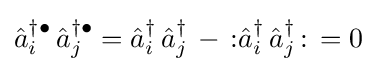
{\hat {a}}_{i}^{\dagger \bullet }\,{\hat {a}}_{j}^{\dagger \bullet }={\hat {a}}_{i}^{\dagger }\,{\hat {a}}_{j}^{\dagger }\,-\,{\mathopen {:}}{\hat {a}}_{i}^{\dagger }\,{\hat {a}}_{j}^{\dagger }\,{\mathclose {:}}\,=0